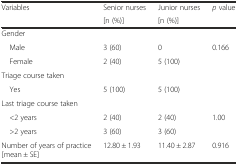
| Variables | Senior nurses | Junior nurses | p value |
 |  | [n (%)] | [n (%)] |  |
 | --- | --- | --- | --- |
 | <COLSPAN=4> Gender |
 | Male | 3 (60) | 0 | <ROWSPAN=2> 0.166 |
 | Female | 2 (40) | 5 (100) |
 | <COLSPAN=4> Triage course taken |
 | Yes | 5 (100) | 5 (100) |  |
 | <COLSPAN=4> Last triage course taken |
 | <2 years | 2 (40) | 2 (40) | <ROWSPAN=2> 1.00 |
 | >2 years | 3 (60) | 3 (60) |
 | Number of years of practice [mean ± SE] | 12.80 ± 1.93 | 11.40 ± 2.87 | 0.916 |